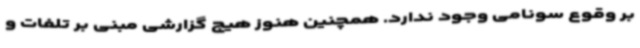
بر وقوع سونامی وجود ندارد. همچنین هنوز هیچ گزارشی مبنی بر تلفات و